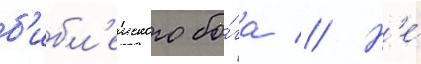
б'ибл'еиского бо́га // Н'е́